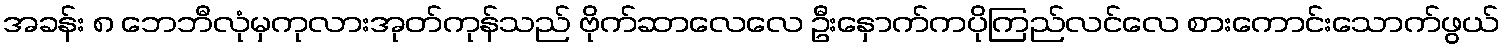
အခန်း ၈ ဘေဘီလုံမှကုလားအုတ်ကုန်သည် ဗိုက်ဆာလေလေ ဦးနှောက်ကပိုကြည်လင်လေ စားကောင်းသောက်ဖွယ်